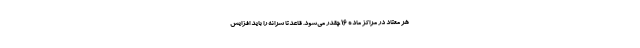
هر معتاد در مراکز ماده ۱۶ چقدر می‌شود. قاعدتا سرانه را باید افزایش